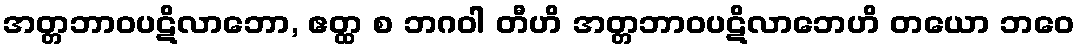
အတ္တဘာဝပဋိလာဘော, ဧတ္ထ စ ဘဂဝါ တီဟိ အတ္တဘာဝပဋိလာဘေဟိ တယော ဘဝေ